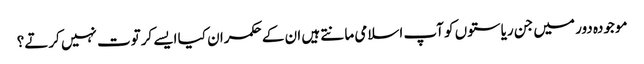
موجودہ دور میں جن ریاستوں کو آپ اسلامی مانتے ہیں ان کے حکمران کیا ایسے کرتوت نہیں کرتے؟